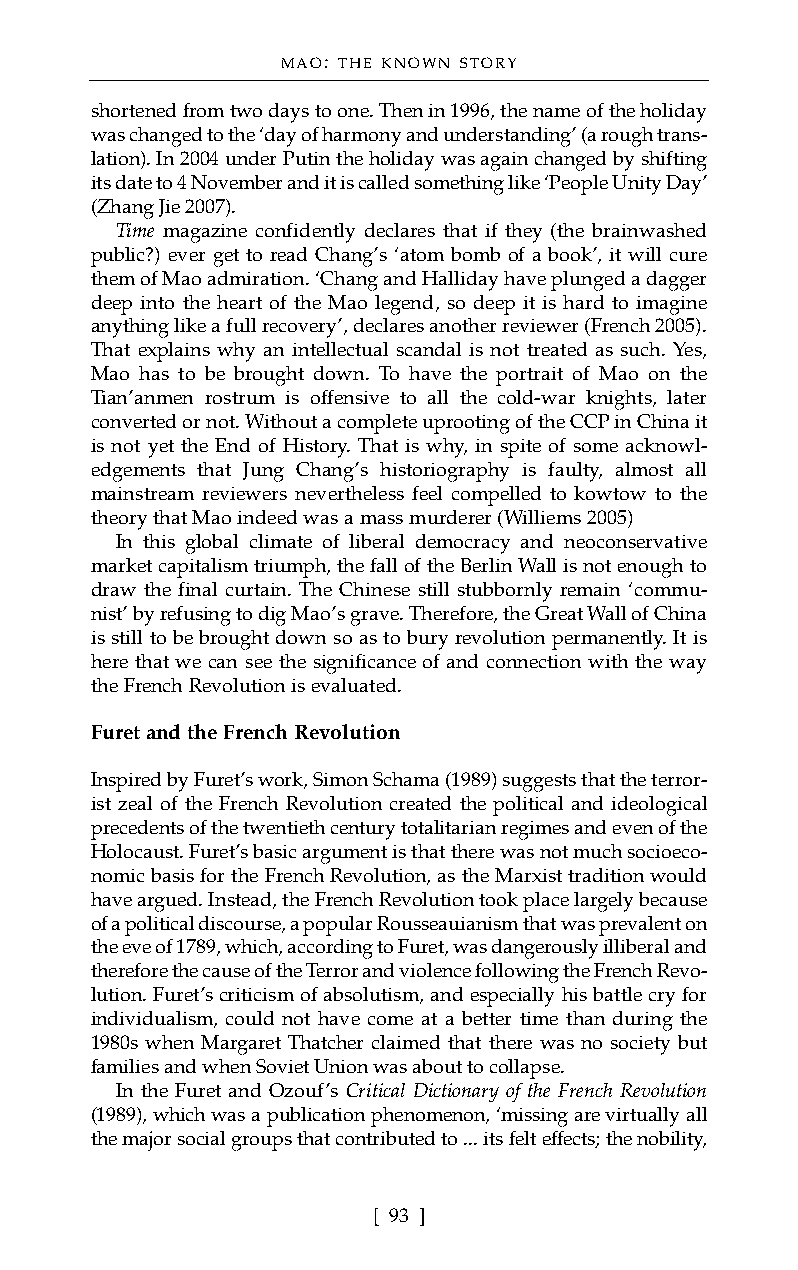
MAO: THE KNOWN STORY
 shortened from two days to one. Then in 1996, the name of the holiday
 was changed to the ‘day of harmony and understanding’ (a rough trans-
 lation). In 2004 under Putin the holiday was again changed by shifting
 its date to 4 November and it is called something like ‘People Unity Day’
 (Zhang Jie 2007).
 Time magazine confidently declares that if they (the brainwashed
 public?) ever get to read Chang’s ‘atom bomb of a book’, it will cure
 them of Mao admiration. ‘Chang and Halliday have plunged a dagger
 deep into the heart of the Mao legend, so deep it is hard to imagine
 anything like a full recovery’, declares another reviewer (French 2005).
 That explains why an intellectual scandal is not treated as such. Yes,
 Mao has to be brought down. To have the portrait of Mao on the
 Tian’anmen rostrum is offensive to all the cold-war knights, later
 converted or not. Without a complete uprooting of the CCP in China it
 is not yet the End of History. That is why, in spite of some acknowl-
 edgements that Jung Chang’s historiography is faulty, almost all
 mainstream reviewers nevertheless feel compelled to kowtow to the
 theory that Mao indeed was a mass murderer (Williems 2005)
 In this global climate of liberal democracy and neoconservative
 market capitalism triumph, the fall of the Berlin Wall is not enough to
 draw the final curtain. The Chinese still stubbornly remain ‘commu-
 nist’ by refusing to dig Mao’s grave. Therefore, the Great Wall of China
 is still to be brought down so as to bury revolution permanently. It is
 here that we can see the significance of and connection with the way
 the French Revolution is evaluated.
 Furet and the French Revolution
 Inspired by Furet’s work, Simon Schama (1989) suggests that the terror-
 ist zeal of the French Revolution created the political and ideological
 precedents of the twentieth century totalitarian regimes and even of the
 Holocaust. Furet’s basic argument is that there was not much socioeco-
 nomic basis for the French Revolution, as the Marxist tradition would
 have argued. Instead, the French Revolution took place largely because
 of a political discourse, a popular Rousseauianism that was prevalent on
 the eve of 1789, which, according to Furet, was dangerously illiberal and
 therefore the cause of the Terror and violence following the French Revo-
 lution. Furet’s criticism of absolutism, and especially his battle cry for
 individualism, could not have come at a better time than during the
 1980s when Margaret Thatcher claimed that there was no society but
 families and when Soviet Union was about to collapse.
 In the Furet and Ozouf’s Critical Dictionary of the French Revolution
 (1989), which was a publication phenomenon, ‘missing are virtually all
 the major social groups that contributed to ... its felt effects; the nobility,
 [ 93 ]